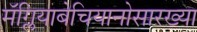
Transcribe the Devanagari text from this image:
मॅग्लियाबेचियानोसारख्या